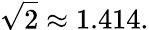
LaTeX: {\sqrt{2}}\approx 1.414.